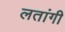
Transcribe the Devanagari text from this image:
लतांगी